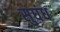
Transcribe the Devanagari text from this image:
सुघंध